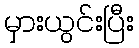
မှားယွင်းပြီး